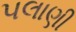
પલાણી